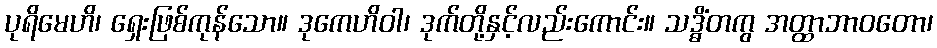
ပုရိမေဟိ၊ ရှေးဖြစ်ကုန်သော။ ဒုကေဟိဝါ၊ ဒုက်တို့နှင့်လည်းကောင်း။ သဒ္ဓိံတကွ အတ္ထာဘာဝတော၊